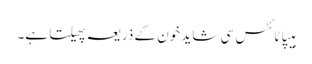
ہیپاٹائٹس سی شاید خون کے ذریعہ پھیلتا ہے۔